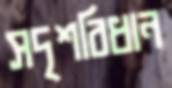
সদৃশবিধান